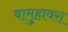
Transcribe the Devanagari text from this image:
बामुहावरा